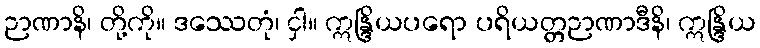
ဉာဏာနိ၊ တို့ကို။ ဒဿေတုံ၊ ငှါ။ ဣန္ဒြိယပရော ပရိယတ္တဉာဏာဒီနိ၊ ဣန္ဒြိယ